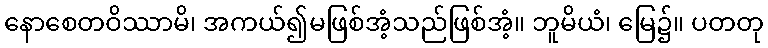
နောစေတဝိဿာမိ၊ အကယ်၍မဖြစ်အံ့သည်ဖြစ်အံ့။ ဘူမိယံ၊ မြေ၌။ ပတတု